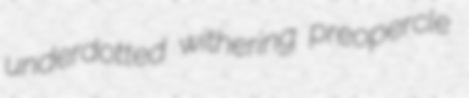
underdotted withering preopercle